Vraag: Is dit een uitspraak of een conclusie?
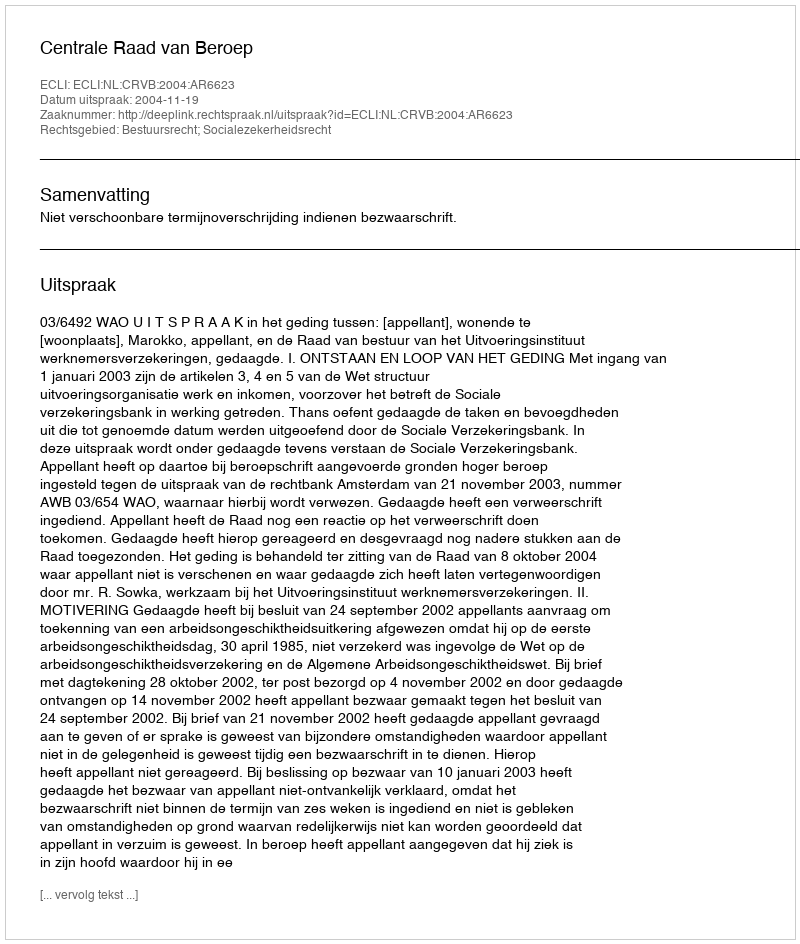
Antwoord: Uitspraak